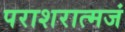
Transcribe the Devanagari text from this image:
पराशरात्मजं